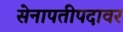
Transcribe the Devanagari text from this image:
सेनापतीपदावर